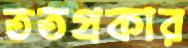
ততপ্রকার